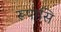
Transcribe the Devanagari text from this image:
रूपासि